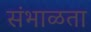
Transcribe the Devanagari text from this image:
संभाळता